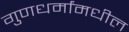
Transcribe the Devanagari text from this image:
गुणधर्मांमधील